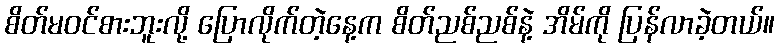
စိတ်မဝင်စားဘူးလို့ ပြောလိုက်တဲ့နေ့က စိတ်ညစ်ညစ်နဲ့ အိမ်ကို ပြန်လာခဲ့တယ်။